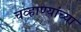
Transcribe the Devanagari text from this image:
चव्हाण्यांच्या